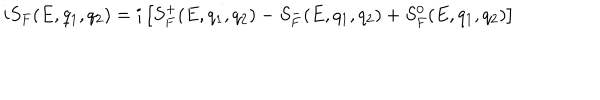
i S _ { F } ( E , q _ { 1 } , q _ { 2 } ) = i \left[ S _ { F } ^ { + } ( E , q _ { 1 } , q _ { 2 } ) - S _ { F } ^ { - } ( E , q _ { 1 } , q _ { 2 } ) + S _ { F } ^ { 0 } ( E , q _ { 1 } , q _ { 2 } ) \right]